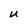
Character: U